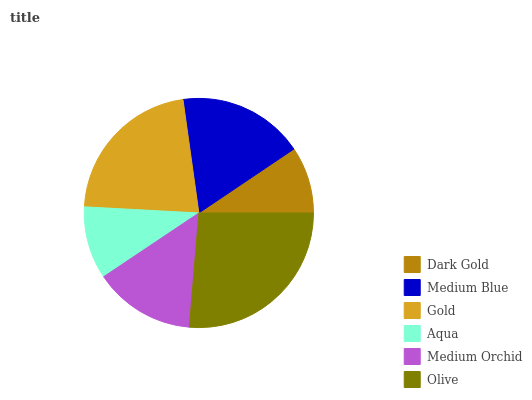
| Dark Gold | Medium Blue | Gold | Aqua | Medium Orchid | Olive |
 | --- | --- | --- | --- | --- | --- |
 | 9.42% | 17.8% | 22% | 10.2% | 14.3% | 26.3% |